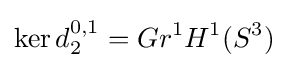
\ker d_{2}^{0,1}=Gr^{1}H^{1}(S^{3})